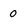
Character: 0